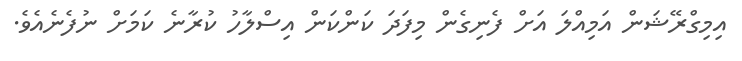
އިމިގްރޭޝަން އަމިއްލަ އަށް ފެނިގެން މިފަދަ ކަންކަން އިސްލާހު ކުރާނެ ކަމަށް ނުފެނެއެވެ.